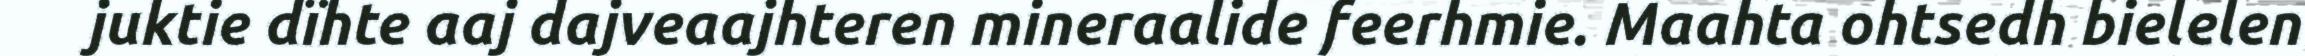
juktie dïhte aaj dajveaajhteren mineraalide feerhmie. Maahta ohtsedh bielelen